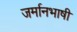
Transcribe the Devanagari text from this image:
जर्मानभाषी